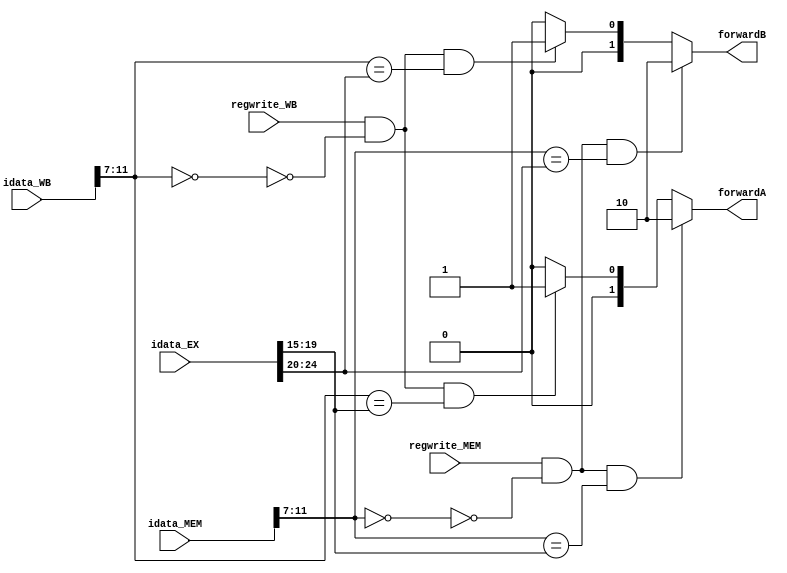
`timescale 1ns / 1ps
//////////////////////////////////////////////////////////////////////////////////
// Company: 
// Engineer: 
// 
// Design Name: 
// Module Name:    forwarding_unit 
// Project Name: 
// Target Devices: 
// Tool versions: 
// Description: 
//
// Dependencies: 
//
// Revision: 
// Revision 0.01 - File Created
// Additional Comments: 
//
//////////////////////////////////////////////////////////////////////////////////
module forwarding_unit(
    input [31:0] idata_EX,
    input [31:0] idata_MEM,
    input [31:0] idata_WB,
    input regwrite_MEM,
    input regwrite_WB,
    output [1:0] forwardA,
    output [1:0] forwardB
    );
	 

assign forwardA = (regwrite_MEM && ~(idata_MEM[11:7]==0) && (idata_MEM[11:7] == idata_EX[19:15])) ? 2'b10 :
						(regwrite_WB && ~(idata_WB[11:7] == 0) && (idata_WB[11:7] == idata_EX[19:15])) ? 2'b01 : 2'b00;
						
assign forwardB = (regwrite_MEM && ~(idata_MEM[11:7] == 0) && (idata_MEM[11:7] == idata_EX[24:20])) ? 2'b10 :
						(regwrite_WB && ~(idata_WB[11:7] == 0) && (idata_WB[11:7] == idata_EX[24:20])) ? 2'b01 : 2'b00;
						
endmodule